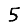
Digit: 5